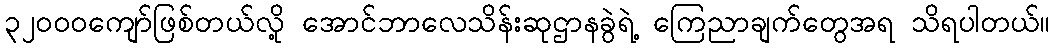
၃၂၀၀၀ကျော်ဖြစ်တယ်လို့ အောင်ဘာလေသိန်းဆုဌာနခွဲရဲ့ ကြေညာချက်တွေအရ သိရပါတယ်။